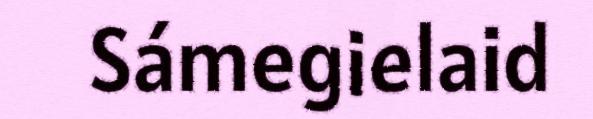
Sámegielaid